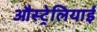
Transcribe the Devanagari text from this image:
औस्ट्रेलियाई